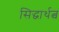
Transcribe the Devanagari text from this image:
सिद्धार्थत्व